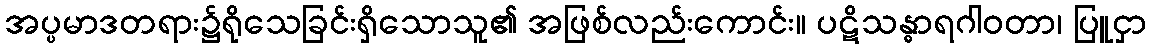
အပ္ပမာဒတရား၌ရိုသေခြင်းရှိသောသူ၏ အဖြစ်လည်းကောင်း။ ပဋိသန္ဓာရဂါဝတာ၊ ပြူငှာ